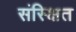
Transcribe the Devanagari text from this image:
संस्क्षित